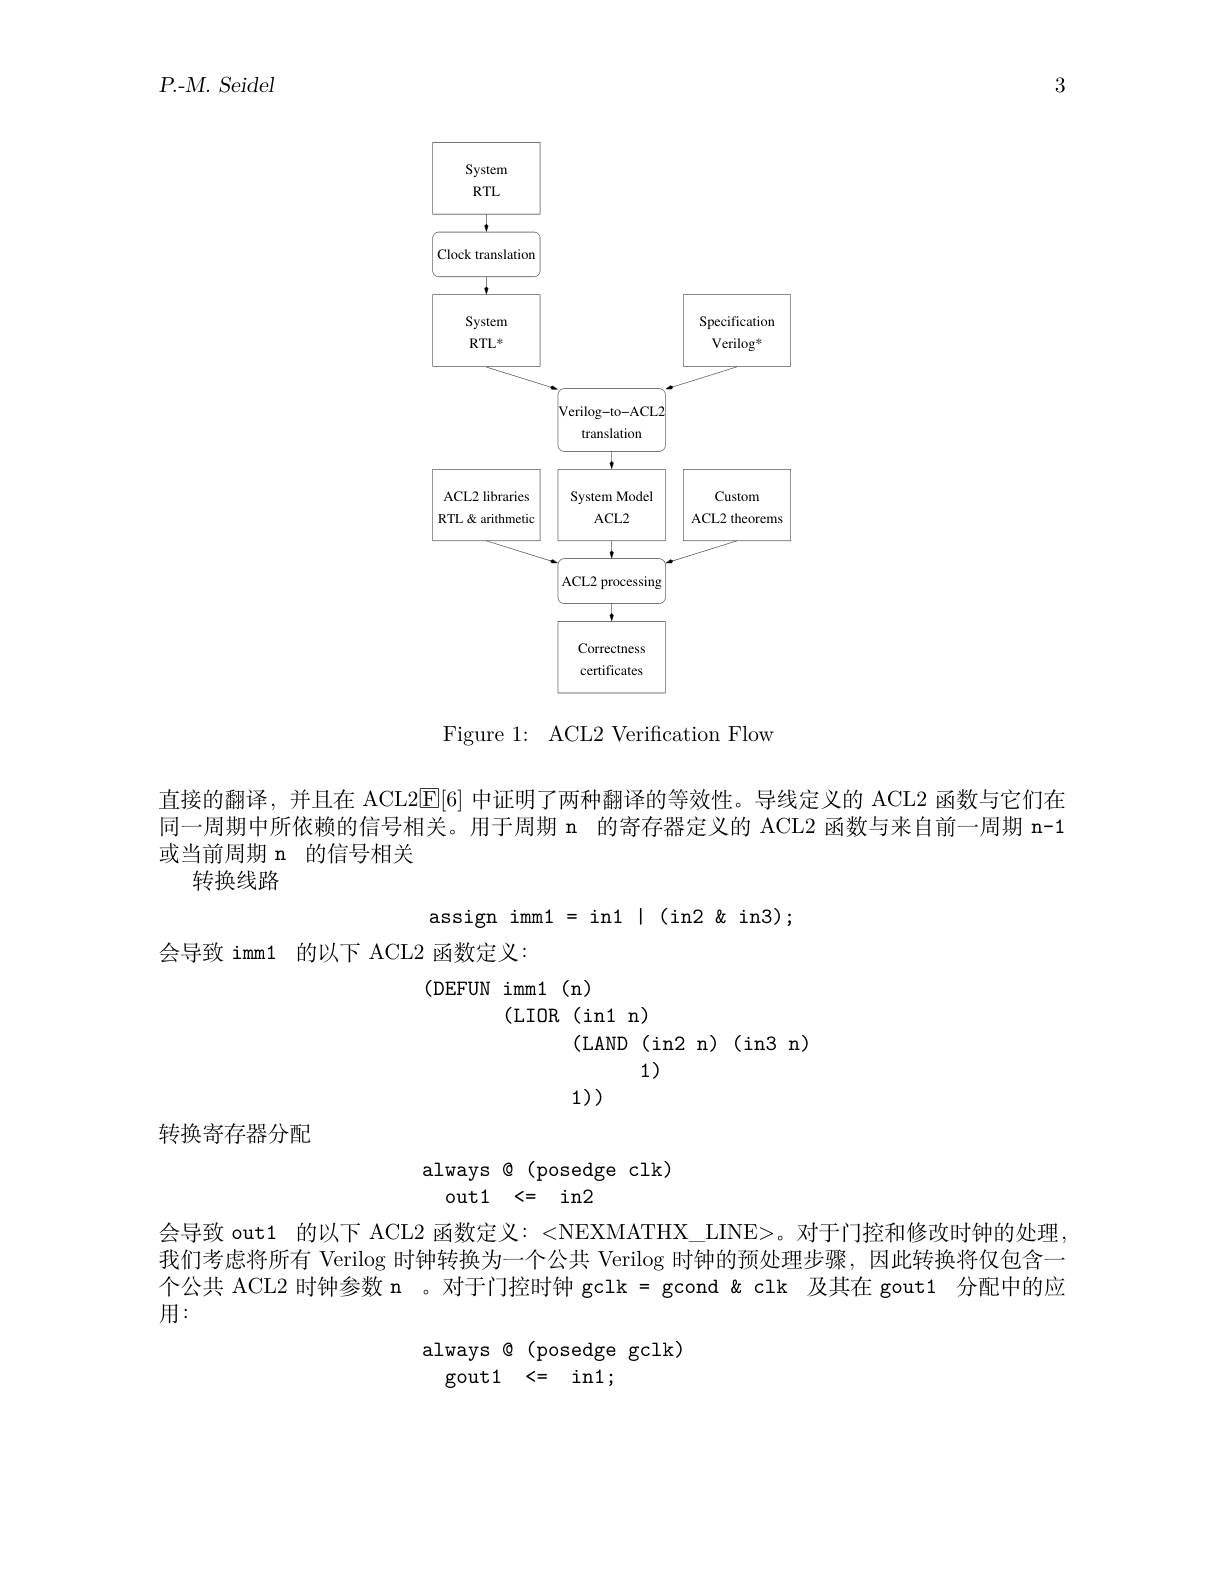
$P. - M.$ Seidel

3

<FigureHere>

Figure 1: ACL2 Verification Flow

直接的翻译，并且在 ACL2E[6]中证明了两种翻译的等效性。导线定义的 ACL2 函数与它们在同一周期中所依赖的信号相关。用于周期 n 的寄存器定义的 ACL2 函数与来自前一周期 n-1或当前周期 n 的信号相关
转换线路

assign imm1 = in1 | (in2 &in3);
会导致 imm1 的以下 ACL2 函数定义：
( DEFUN imm1 ( n)
(LIOR(in1 n)
(LAND(in2 n)(in3 n)
11)
1)

转换寄存器分配

always $\textcircled{\mathrm{e}}($posedge clk)
 out1 <= in2

会导致 out1 的以下 ACL2 函数定义：<NEXMATHX\_LINE>。对于门控和修改时钟的处理我们考虑将所有 Verilog 时钟转换为一个公共 Verilog 时钟的预处理步骤，因此转换将仅包含一个公共 ACL2 时钟参数 n 。对于门控时钟 gclk = gcond $\&$ clk 及其在 gout1 分配中的应用：

always $\textcircled{\mathrm{(posedge}}\textcircled{\mathrm{gclk}})$
${\mathrm{gout}1}{{<=}}{{\mathrm{in}1};}$